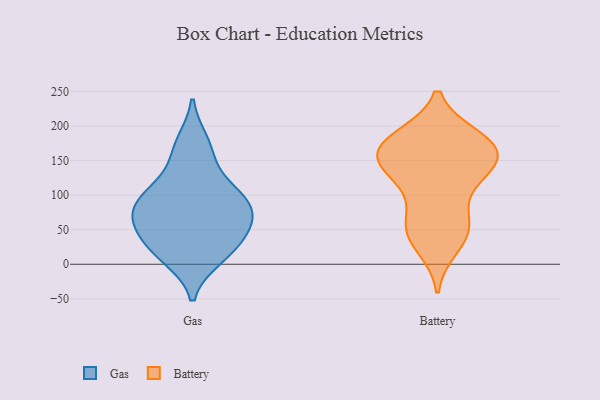
{"axis": {"x": "Humidity (%)", "y": "Value"}, "legend": ["Battery", "Gas"], "data": [{"x": "", "y": 104, "type": "Gas"}, {"x": "", "y": 157, "type": "Gas"}, {"x": "", "y": 42, "type": "Gas"}, {"x": "", "y": 78, "type": "Gas"}, {"x": "", "y": 176, "type": "Gas"}, {"x": "", "y": 10, "type": "Gas"}, {"x": "", "y": 95, "type": "Gas"}, {"x": "", "y": 60, "type": "Gas"}, {"x": "", "y": 78, "type": "Gas"}, {"x": "", "y": 16, "type": "Gas"}, {"x": "", "y": 107, "type": "Gas"}, {"x": "", "y": 63, "type": "Gas"}, {"x": "", "y": 28, "type": "Gas"}, {"x": "", "y": 26, "type": "Battery"}, {"x": "", "y": 47, "type": "Battery"}, {"x": "", "y": 43, "type": "Battery"}, {"x": "", "y": 160, "type": "Battery"}, {"x": "", "y": 66, "type": "Battery"}, {"x": "", "y": 149, "type": "Battery"}, {"x": "", "y": 164, "type": "Battery"}, {"x": "", "y": 177, "type": "Battery"}, {"x": "", "y": 181, "type": "Battery"}, {"x": "", "y": 119, "type": "Battery"}, {"x": "", "y": 132, "type": "Battery"}, {"x": "", "y": 173, "type": "Battery"}, {"x": "", "y": 130, "type": "Battery"}, {"x": "", "y": 183, "type": "Battery"}, {"x": "", "y": 151, "type": "Battery"}, {"x": "", "y": 66, "type": "Battery"}]}